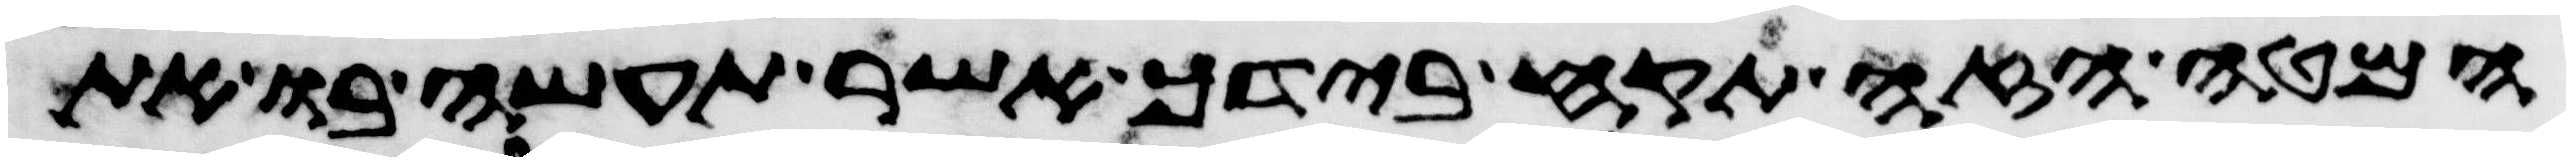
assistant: המטה הזה תקח בידך אשר תעשה בו את